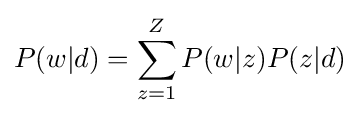
\displaystyle P(w|d)=\sum _{z=1}^{Z}P(w|z)P(z|d)